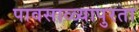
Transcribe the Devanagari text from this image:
पावसाळ्यापुरता